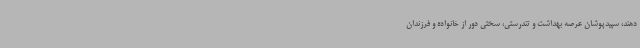
دهند، سپیدپوشان عرصه بهداشت و تندرستی، سختی دور از خانواده و فرزندان